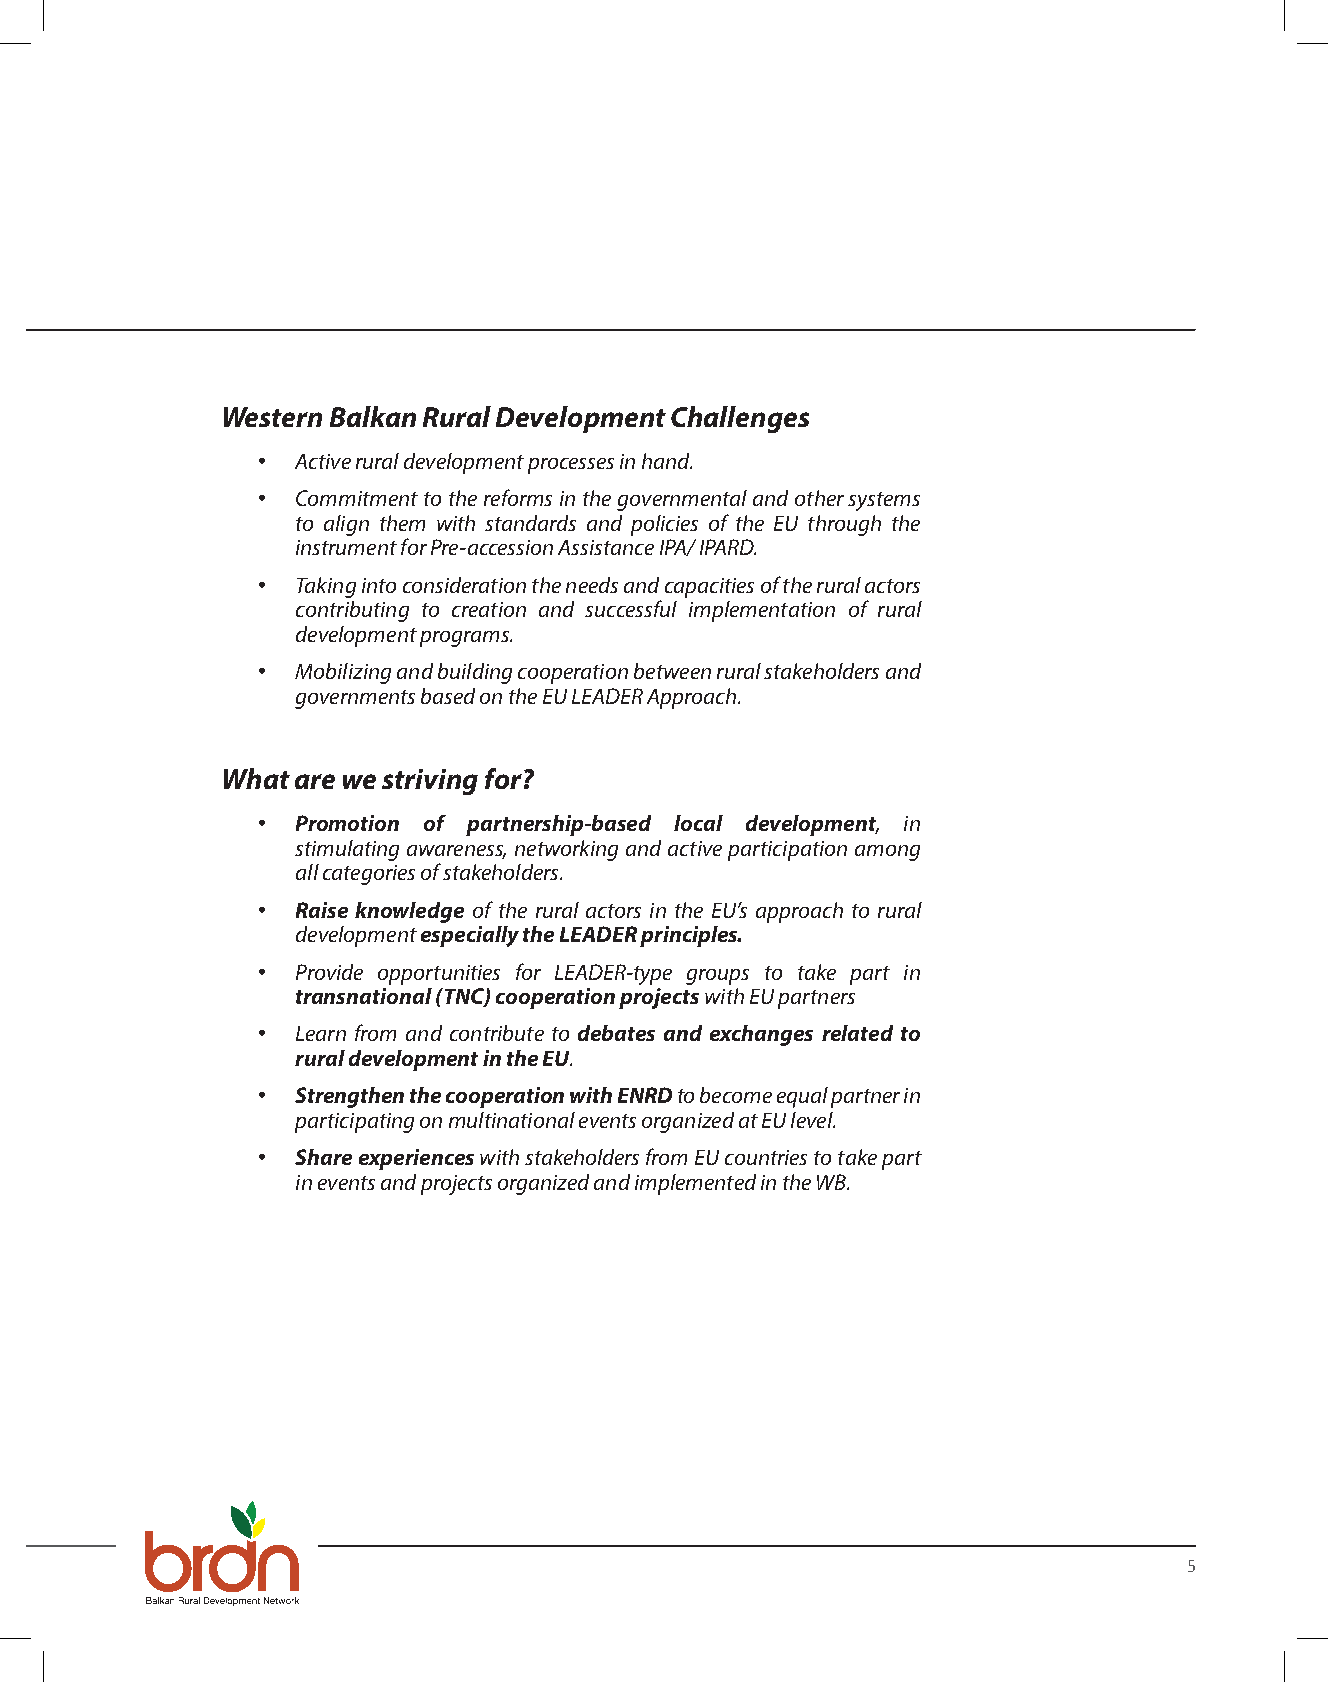
Western Balkan Rural Development Challenges
 •  Active rural development processes in hand.
 •  Commitment to the reforms in the governmental and other systems
 to align them with standards and policies of the EU through the
 instrument for Pre-accession Assistance IPA/ IPARD.
 •  Taking into consideration the needs and capacities of the rural actors
 contributing to creation and successful implementation of rural
 development programs.
 •  Mobilizing and building cooperation between rural stakeholders and
 governments based on the EU LEADER Approach.
 What are we striving for?
 •  Promotion of partnership-based local development, in
 stimulating awareness, networking and active participation among
 all categories of stakeholders.
 •  Raise knowledge of the rural actors in the EU’s approach to rural
 development especially the LEADER principles.
 •  Provide opportunities for LEADER-type groups to take part in
 transnational (TNC) cooperation projects with EU partners
 •  Learn from and contribute to debates and exchanges related to
 rural development in the EU.
 •  Strengthen the cooperation with ENRD to become equal partner in
 participating on multinational events organized at EU level.
 •  Share experiences with stakeholders from EU countries to take part
 in events and projects organized and implemented in the WB.
 5